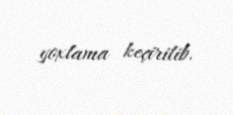
yoxlama keçirilib.